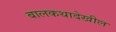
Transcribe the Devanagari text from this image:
बालकथादेखील